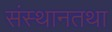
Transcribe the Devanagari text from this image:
संस्थानतथा